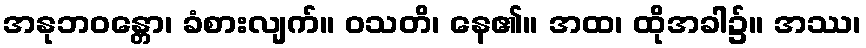
အနုဘဝန္တော၊ ခံစားလျက်။ ဝသတိ၊ နေ၏။ အထ၊ ထိုအခါ၌။ အဿ၊